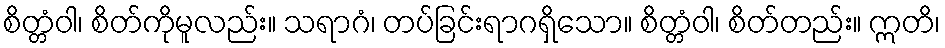
စိတ္တံဝါ၊ စိတ်ကိုမူလည်း။ သရာဂံ၊ တပ်ခြင်းရာဂရှိသော။ စိတ္တံဝါ၊ စိတ်တည်း။ ဣတိ၊